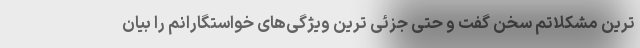
ترین مشکلاتم سخن گفت و حتی جزئی ترین ویژگی‌های خواستگارانم را بیان